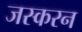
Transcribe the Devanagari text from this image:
जस्करन